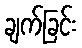
ချက်ခြင်း